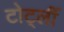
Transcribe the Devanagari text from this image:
टोर्ट्ली